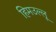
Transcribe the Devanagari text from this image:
हिमउल्लू